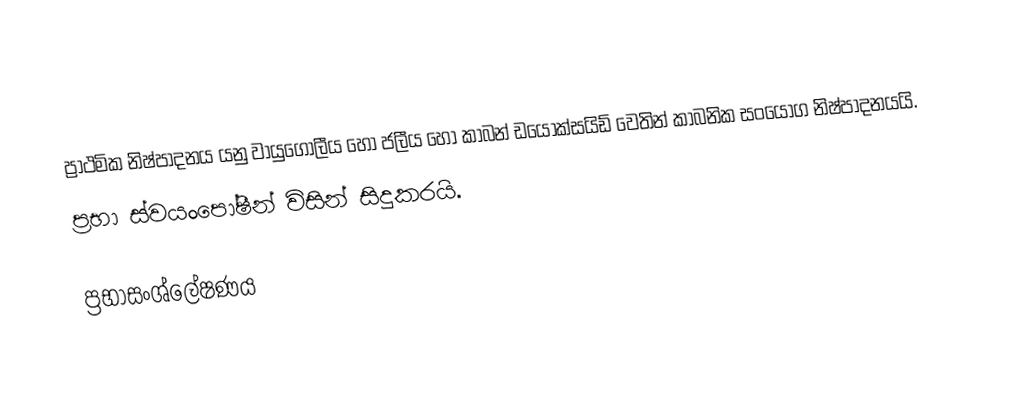
ප්‍රාථමික නිෂ්පාදනය යනු වායුගෝලීය හෝ ජලීය හෝ කාබන් ඩයොක්සයිඩ් වෙතින් කාබනික සංයෝග නිෂ්පාදනයයි.
ප්‍රභා ස‍්වයංපෝෂීන් විසින් සිදුකරයි.

ප්‍රභාසංශ්ලේෂණය